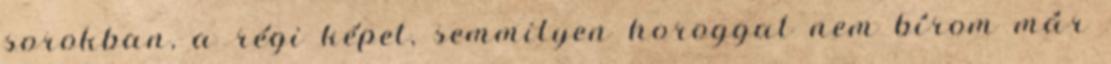
sorokban, a régi képet, semmilyen horoggal nem bírom már